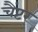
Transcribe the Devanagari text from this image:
चैंप्टर